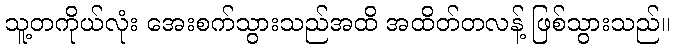
သူ့တကိုယ်လုံး အေးစက်သွားသည်အထိ အထိတ်တလန့် ဖြစ်သွားသည်။